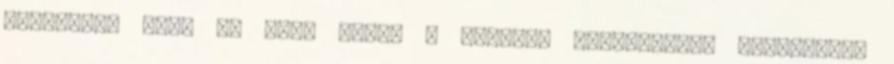
várhatóan 5000 fő vesz részt a képzési programban, körülbelül